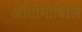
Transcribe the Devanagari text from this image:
ऑटोमोबिलि